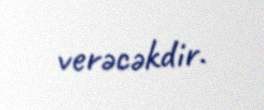
verəcəkdir.